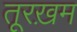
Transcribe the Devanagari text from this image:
तूरख़म